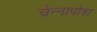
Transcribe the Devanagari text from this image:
चेन्‍नापोडा